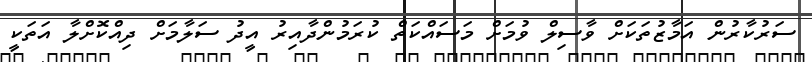
ސަރުކާރުން އަމާޒުތަކަށް ވާސިލް ވުމަށް މަސައްކަތް ކުރަމުންދާއިރު އީދު ސަލާމަށް ދިއްކޮށްލާ އަތަކީ